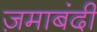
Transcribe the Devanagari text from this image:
ज़माबंदी